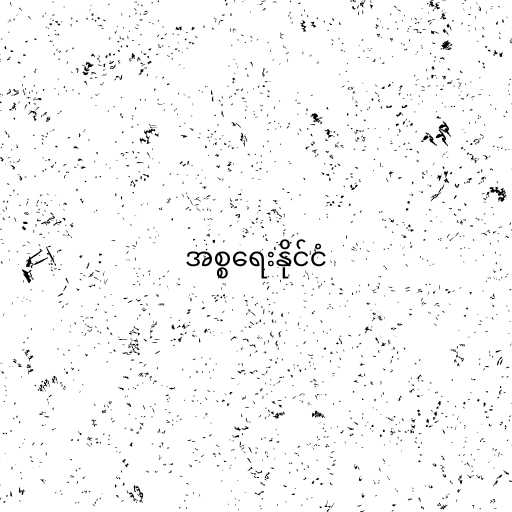
အစ္စရေးနိုင်ငံ